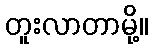
တူးလာတာမို့။